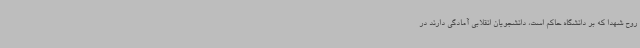
روح شهدا که بر دانشگاه حاکم است، دانشجویان انقلابی آمادگی دارند در